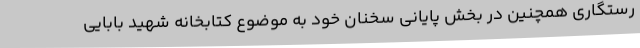
رستگاری همچنین در بخش پایانی سخنان خود به موضوع کتابخانه شهید بابایی